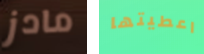
مادز اعطيتها